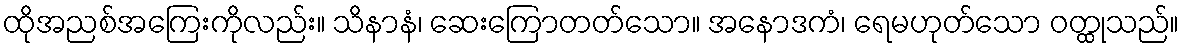
ထိုအညစ်အကြေးကိုလည်း။ သိနာနံ၊ ဆေးကြောတတ်သော။ အနောဒကံ၊ ရေမဟုတ်သော ဝတ္ထုသည်။